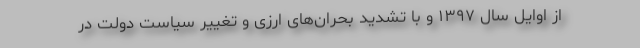
از اوایل سال ۱۳۹۷ و با تشدید بحران‌های ارزی و تغییر سیاست دولت در